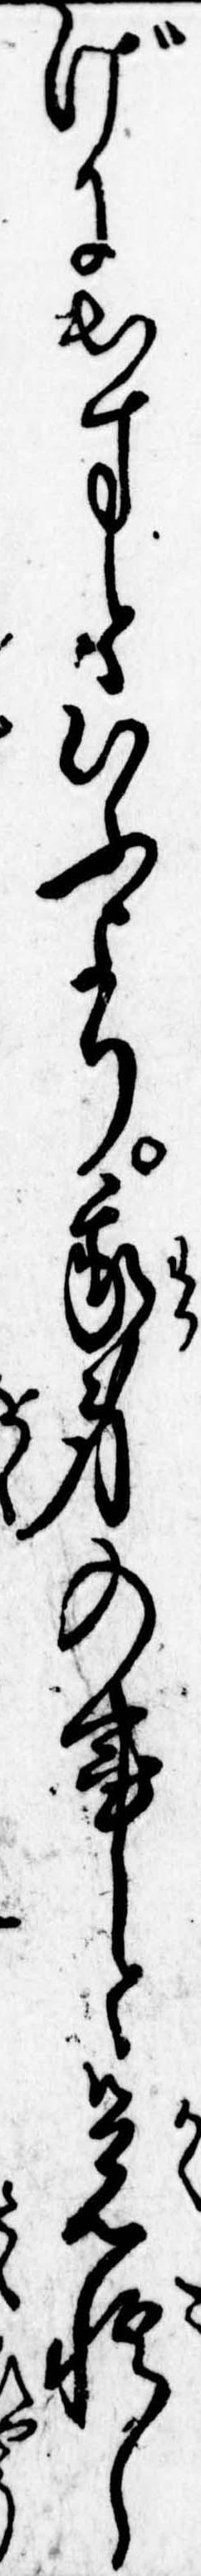
げに出すといふより我身の事と覚悟し